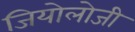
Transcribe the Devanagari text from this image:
जियोलोजी